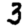
Digit: 3